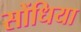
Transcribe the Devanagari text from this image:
सोंधिया